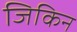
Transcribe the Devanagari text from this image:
जिकिन